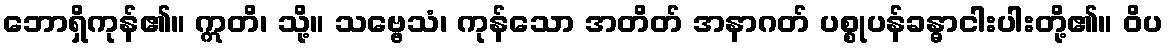
ဘောရှိကုန်၏။ ဣတိ၊ သို့။ သဗ္ဗေသံ၊ ကုန်သော အတိတ် အနာဂတ် ပစ္စုပန်ခန္ဓာငါးပါးတို့၏။ ဝိပ